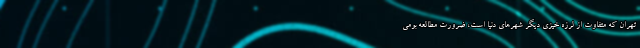
تهران که متفاوت از لرزه خیزی دیگر شهرهای دنیا است، ضرورت مطالعه بومی